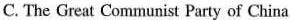
C. The Great Communist Party of China